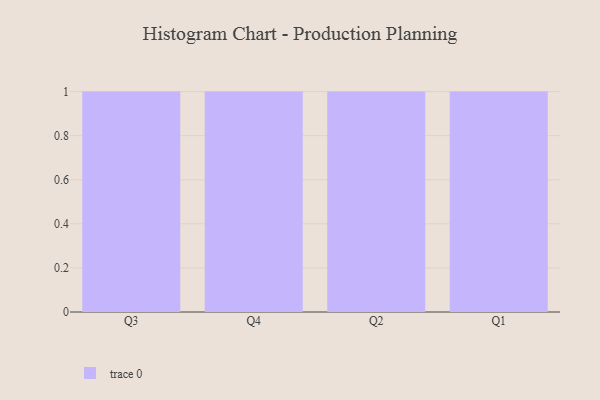
{"axis": {"x": "Quarter", "y": "Website Visitors"}, "legend": [""], "data": [{"x": "Q3", "y": 52, "type": ""}, {"x": "Q4", "y": 77, "type": ""}, {"x": "Q2", "y": 62, "type": ""}, {"x": "Q1", "y": 91, "type": ""}]}